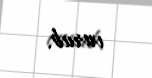
vurub.